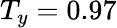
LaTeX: T_{y}=0.97